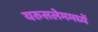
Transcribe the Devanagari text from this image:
यरुसलेममध्यें